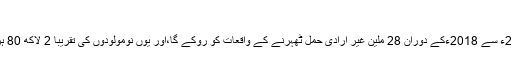
”
مکمل نفاذ کے بعد جاڈیل ایکسس پروگرام 2013ء سے 2018ءکے دوران 28 ملین غیر ارادی حمل ٹھہرنے کے واقعات کو روکے گا،اور یوں نومولودوں کی تقریباً 2 لاکھ 80 ہزار اور ماؤں کی 30 ہزار اموات کو روکے گا۔